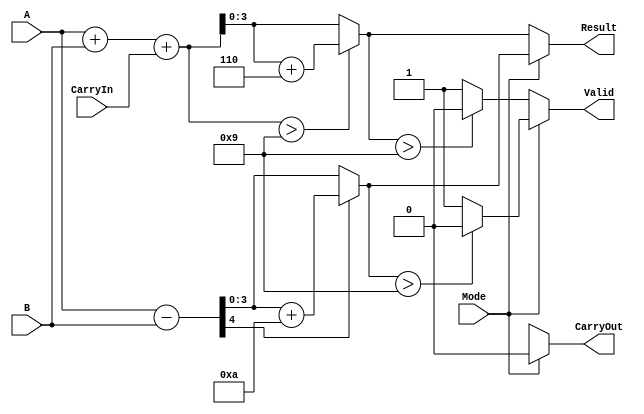
module BCD_Add_Subtracter (
    input  wire [3:0] A,        // BCD input operand A
    input  wire [3:0] B,        // BCD input operand B
    input  wire Mode,           // Mode: 0 for addition, 1 for subtraction
    input  wire CarryIn,        // Carry input for addition
    output reg  [3:0] Result,   // BCD result
    output reg  CarryOut,       // Carry output flag
    output reg  Valid           // Valid flag for BCD result
);

    wire [4:0] sum;            // 5-bit sum for addition
    wire [4:0] diff;           // 5-bit difference for subtraction
    wire [3:0] adjusted_sum;   // Adjusted sum for valid BCD
    wire [3:0] adjusted_diff;  // Adjusted difference for valid BCD

    // Addition logic
    assign sum = A + B + CarryIn;

    // Check if the sum exceeds 9 (1001)
    assign adjusted_sum = (sum > 9) ? (sum + 6) : sum;

    // Subtraction logic
    assign diff = A - B;

    // Check if the difference is negative
    assign adjusted_diff = (diff[4] == 1) ? (diff + 10) : diff;

    always @(*) begin
        // Default values
        Result = 4'b0000;
        CarryOut = 1'b0;
        Valid = 1'b1;

        if (Mode == 1'b0) begin // Addition mode
            Result = adjusted_sum[3:0]; // Take lower 4 bits of adjusted sum
            CarryOut = adjusted_sum[4];  // Set carry out if 5th bit is set

            // Check if the result is valid BCD (0-9)
            if (Result > 9) begin
                Valid = 1'b0; // Invalid BCD
            end
        end else begin // Subtraction mode
            Result = adjusted_diff[3:0]; // Take lower 4 bits of adjusted difference

            // Check if the result is valid BCD (0-9)
            if (Result > 9) begin
                Valid = 1'b0; // Invalid BCD
            end
        end
    end

endmodule